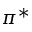
\pi ^ { * }